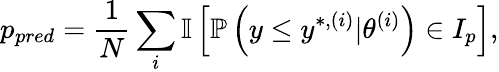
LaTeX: p_{pred}=\frac{1}{N}\sum_{i}\mathbb{I}\left[\mathbb{P}\left(y\leq y^{*,(i)}|\theta^{(i)}\right)\in I_{p}\right],